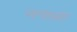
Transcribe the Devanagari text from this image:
जफ्ज़ा